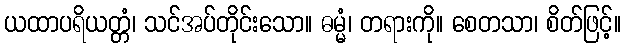
ယထာပရိယတ္တံ၊ သင်အပ်တိုင်းသော။ ဓမ္မံ၊ တရားကို။ စေတသာ၊ စိတ်ဖြင့်။